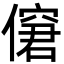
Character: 僒